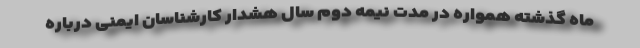
ماه گذشته همواره در مدت نیمه دوم سال هشدار کارشناسان ایمنی درباره